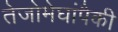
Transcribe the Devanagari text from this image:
तेजोमेघांपैकी